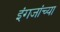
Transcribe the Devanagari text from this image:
इंगजांच्या